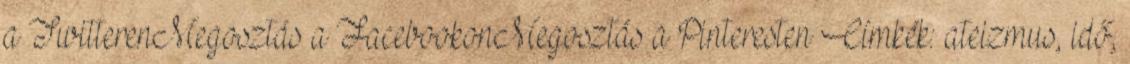
a TwitterenMegosztás a FacebookonMegosztás a Pinteresten Címkék: ateizmus, idő,